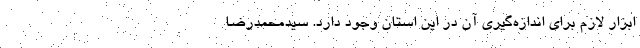
ابزار لازم برای اندازه‌گیری آن در این استان وجود دارد. سیدمحمدرضا